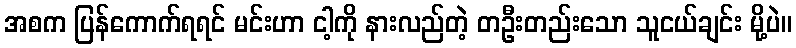
အစက ပြန်ကောက်ရရင် မင်းဟာ ငါ့ကို နားလည်တဲ့ တဦးတည်းသော သူငယ်ချင်း မို့ပဲ။